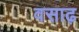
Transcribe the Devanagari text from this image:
वसाढ़